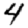
Digit: 4